Annual report on the lock hospitals of the Madras Presidency
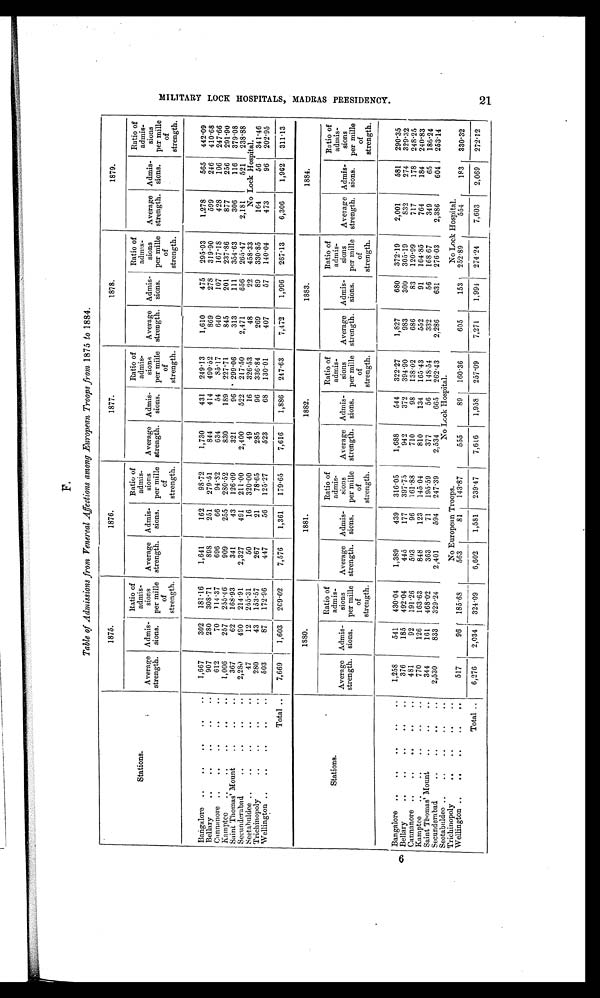
F .
Table of Admissions from Venereal Affections among European Troops from 1875 to 1884.
Stations.
1875.
1876.
1877.
1878.
1879.
Average
strength.
Admis-
sions.
Ratio of
admis-
sions
per mille
of
strength.
Average
strength.
Admis-
sions.
Ratio of
admis-
sions
per mille
of
strength.
Average
strength.
Admis-
sions.
Ratio of
admis-
sion
s per mille
of
strength.
Average
strength.
Admis-
sions.
Ratio of
admis-
sions
per mille
of
strength.
Average
strength.
Admis-
sions.
Ratio of
admis-
sions
per mille
of
strength.
Bangalore .. .. ..
.. ..
1,667
302 181.16
1,641
162
98.72
1,730
431 249.13
1,610
475 295.03
1,278
565 442.09
Bellary
..
..
..
. .
. .
907
280 308.71
898
251 279.51
844
414 490.52
869
278 319.90
599
246 410.68
Cannanore .. ..
.. ..
..
612
70 114.37
696
66
94.82
634
54
85.17
640
107 167.18
428
106 247.66
Kamptee ..
..
..
..
..
1,006
257 255.46
909
255 280.52
830
189 227.71
845
201 237.86
877
256 291.90
Saint Thomas' Mount .. ..
..
367
62 168.93
341
43 126.09
321
96 299.06
313
111 354.63
306
116 379.08
Secunderabad
.. .. ..
2,280
490 214.91
2,327
491 211.00
2,400
522 217.50
2,471
656 265.47
2,181
521 238.88
Seetabuldee ..
.. ..
..
..
47
12 255.31
50
16 320.00
49
16 326.53
48
22 458.33
No Lock Hospital.
Trichinopoly
..
..
.. ..
280
43 153.57
267
21
78.65
285
96 336.84
269
89 330.85
164
56 341.46
Wellington
..
.. ..
..
..
503
87 172.96
447
56 125.27
523
68 130.01
407
57 140.04
473
96 202.95
Total ..
7,669
1,603 269.02
7,576
1,361 179.65
7,616
1,886 247.63
7,472
1,996 26713
6,306
1,962 311.13
1880.
1881.
1882.
1883.
1884.
Stations.
Average
strength.
Admis-
sions.
Ratio of
admis-
sions
per mine
of
strength.
Average
strength.
Admis-
siens.
Ratio of
admis-
sions
per mine
of
strength.
Average
strength.
Admis-
sions.
Ratio of
admis-
sions
per mille
of
strength.
Average
strength.
Admis-
sions.
Ratio of
admis-
sions
per mille
of
strength.
Average
strength.
Admis-
sions.
Ratio of
admis-
sions
per mille
of
strength.
Bangalore .. ..
..
..
..
1,258
541 430'04
1,389
439 316.05
1,688
544 322.27
1,827
680 37219
2,001
581 290.35
Bellary
..
.. . .
.. .
.. .
376
185 492.04
445
177 397.75
942
372 394.90
983
300 1 30519
832
274 329.32
Cannanore .. ..
.. ..
..
481
92 19126
593
96 161.88
710
98 13802
686
83 1 120.99
717
178 248.25
Kamptee ..
..
..
..
..
770
126 163.63
848
123 145 04
810
134 16543
552
91 1 164.85
764
184 240.83
Saint Thomas' Mount ..
.. ..
344
161 468-02
363
71 195.59
377
56 148.54
332
56 ; 168 67
349
65 186.24
Secunderabad
..
.. ..
..
2,530
833 1 329.24
2,401
594 247.39
2,534
665 262.43
2,286
631 1 276.03
2,386
604. 253.14
Seetabeldee .. ..
..
.. ..
No Lcck Hospital.
Trichinopoly
..
.. ..
..
No European Troops.
No Lock Hospital.
Wellington ..
.. ..
..
..
517
-
96 1 185.68
563
81 143'87
555
89 160.36
605
153 25289
554
183 330.32
Total ..
6,276
2,034
i 324.09
6,602
1,581 239-47
7,616
1,958 257.09
7,271
1,994 274.24
7,603
2,069 2721 2